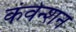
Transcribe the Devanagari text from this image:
कंवेन्शन